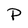
Character: P